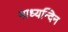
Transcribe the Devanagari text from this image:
माध्‍यन्‍दिन